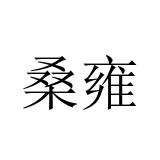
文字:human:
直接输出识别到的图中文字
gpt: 桑雍